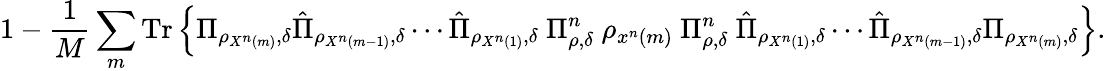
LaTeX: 1-{\frac{1}{M}}\sum_{m}{\mathrm{Tr}}\left\{ \Pi_{\rho_{X^{n}\left(m\right)},\delta}{\hat{\Pi}}_{\rho_{X^{n}\left(m-1\right)},\delta}\cdots{\hat{\Pi}}_{\rho_{X^{n}\left(1\right)},\delta}\ \Pi_{\rho,\delta}^{n}\ \rho_{x^{n}\left(m\right)}\ \Pi_{\rho,\delta}^{n}\ {\hat{\Pi}}_{\rho_{X^{n}\left(1\right)},\delta}\cdots{\hat{\Pi}}_{\rho_{X^{n}\left(m-1\right)},\delta}\Pi_{\rho_{X^{n}\left(m\right)},\delta}\right\} .